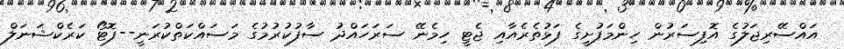
އައްސޭރިޖަލުގެ އޮފިސަރުން ހިންމަފުށީގެ ފަޅުތެރެއާއި ޖެޓީ ހިމެނޭ ސަރަހައްދު ސާފުކުުރުމުގެ މަސައްކަތްކުރަނީ--ފޮޓޯ ކަރެކްޝަނަލް